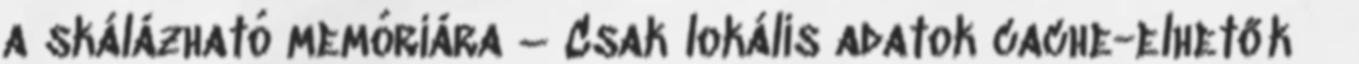
a skálázható memóriára – Csak lokális adatok cache-elhetők ●